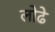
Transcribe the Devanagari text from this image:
लोढे